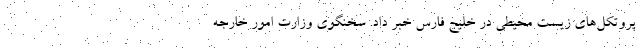
پروتکل‌های زیست‌ محیطی در خلیج فارس خبر داد. سخنگوی وزارت امور خارجه